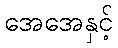
အေအေနှင့်